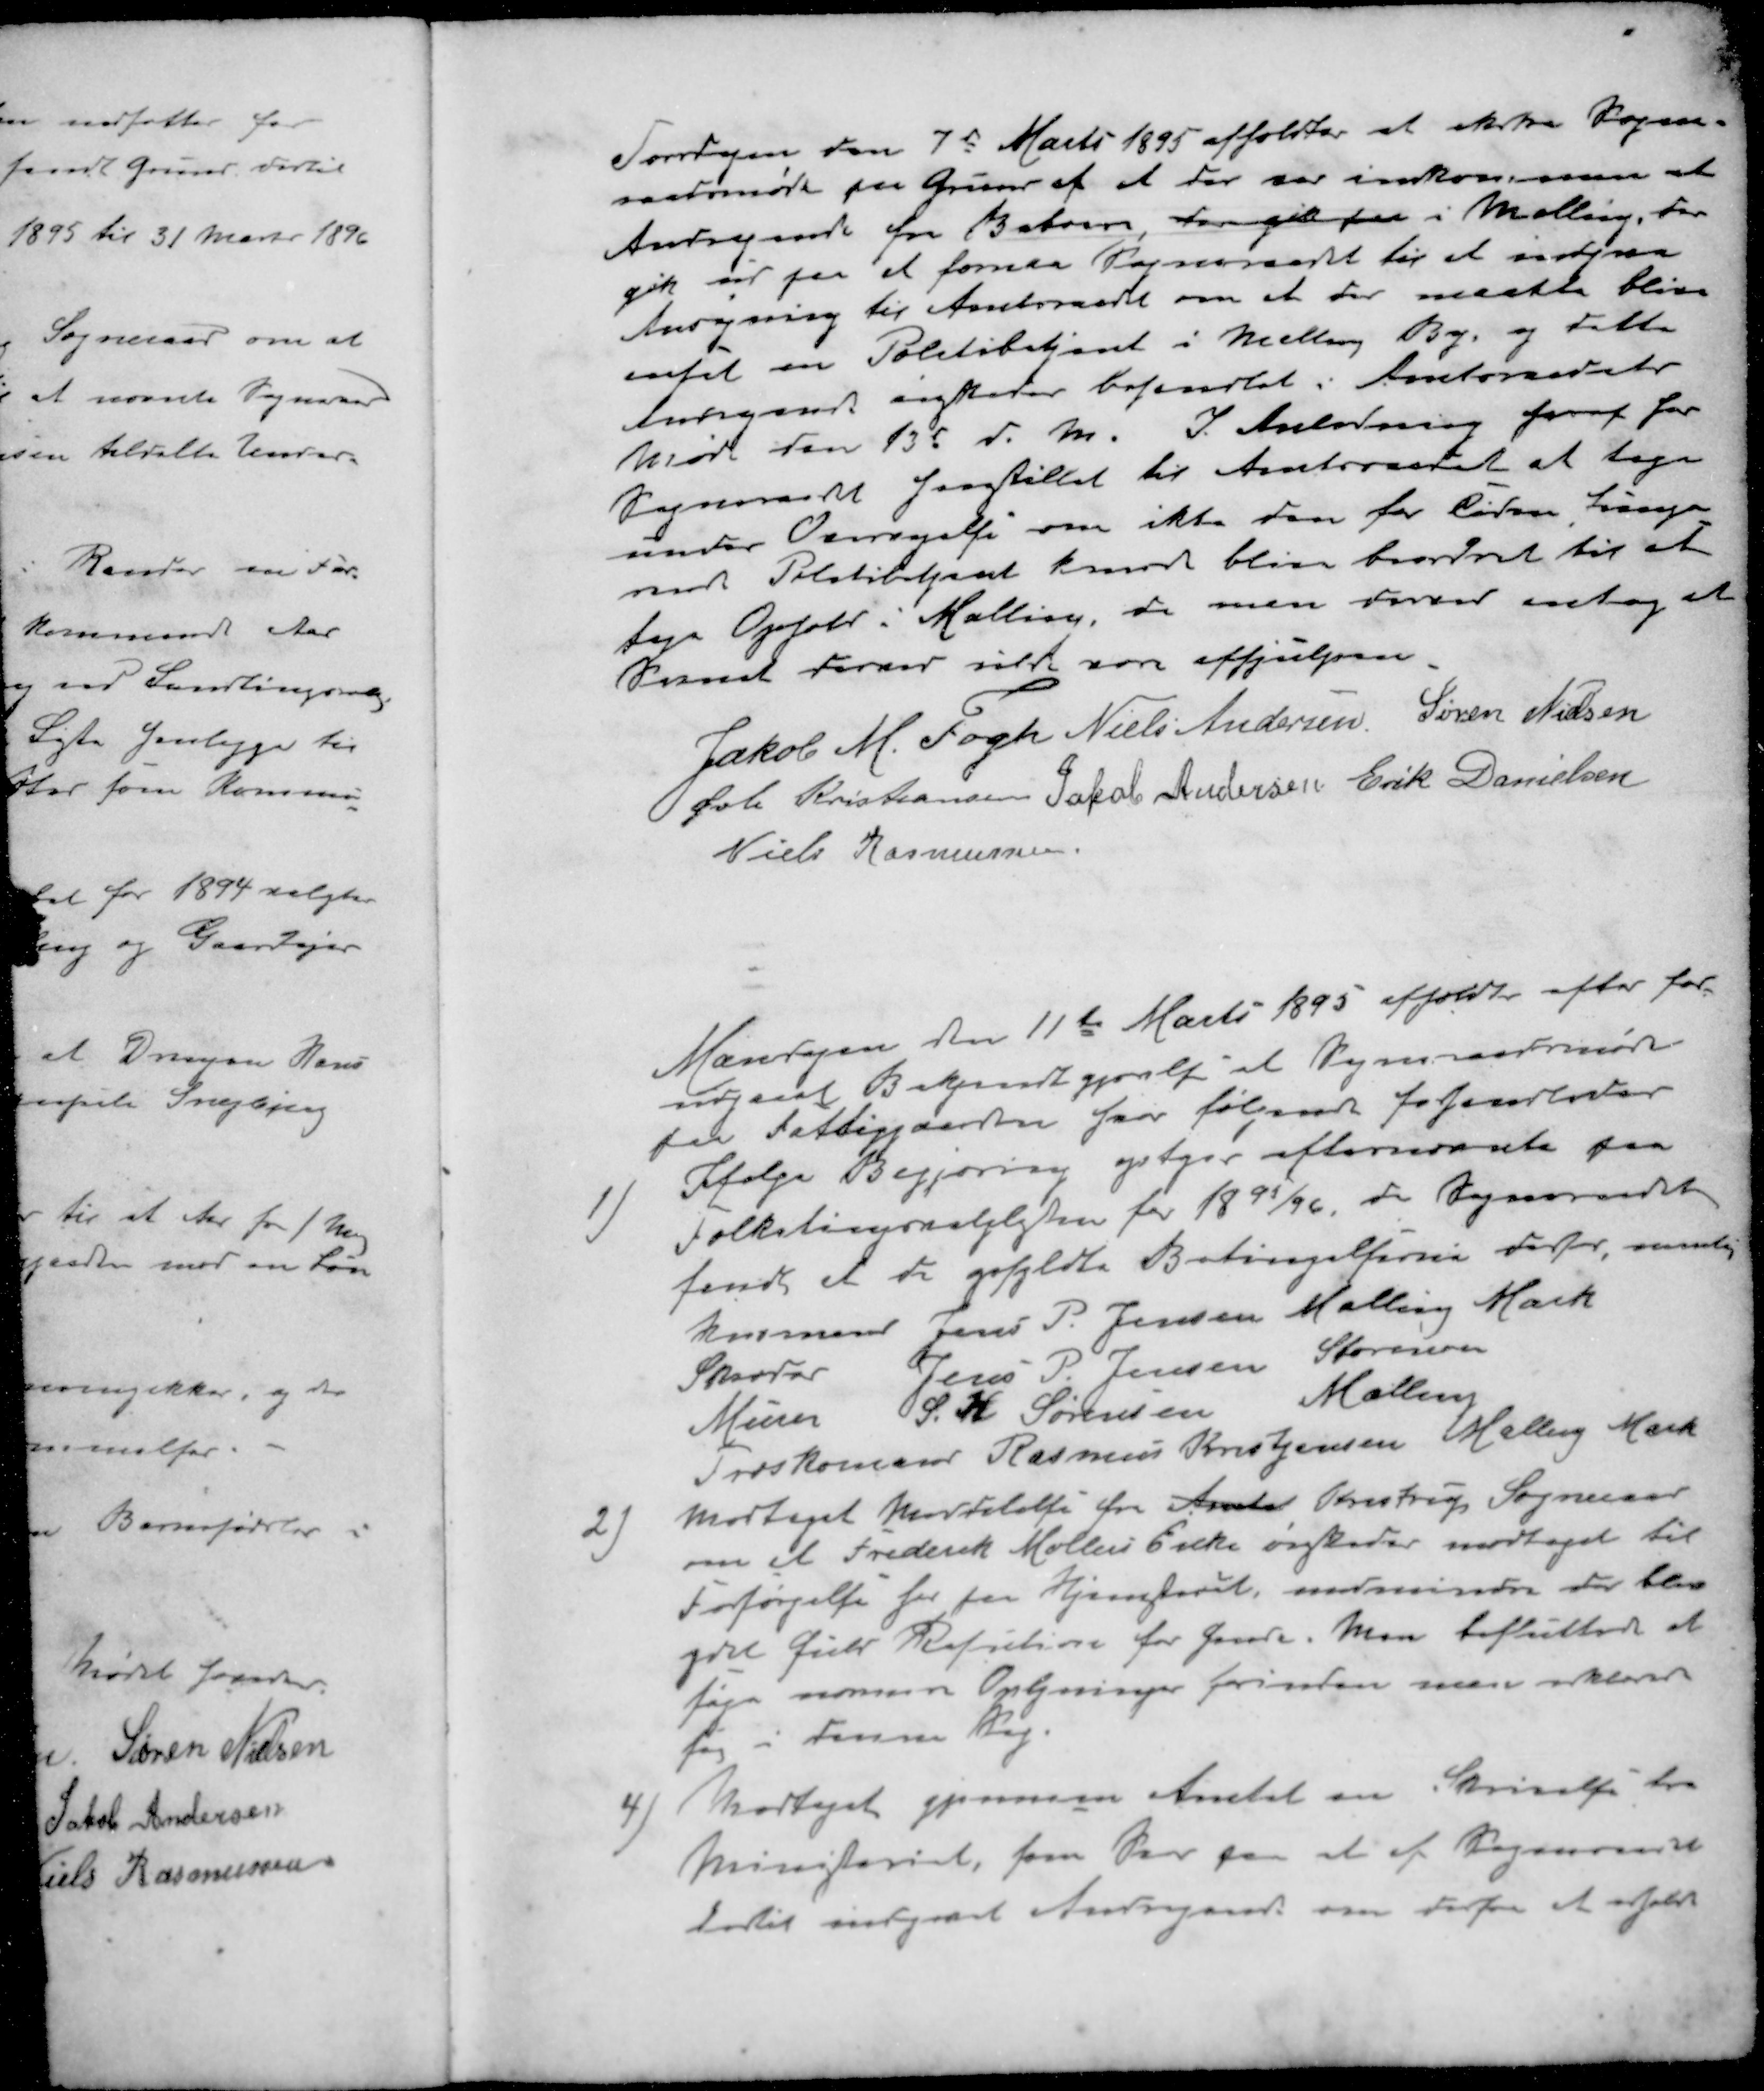
Transskription:
Torsdagen den 7d Marts 1895 afholdtes et ekstra Sogne-
raadsmøde paa Grund af at der var indkommen et
Andragende fra Beboere som gik paa i Malling der
gik ud paa at formaa Sogneraadet til at indgive
Ansøgning til Amtsraadet om at der maatte blive
ansat en Politibetjent i Malling By og dette
Anragende ønskedes behandlet i Amtsraadets
Møde den 13d d. M. I Anledning deraf har
Sogneraadet henstiller til Amtsraadet at tage
under Overvejelse om ikke den for Tiden Funge-
rende Politibetjent kunde blive beordret til at
tage Ophold i Malling, de man derved antog at
Savnet derved vilde være afhjulpen.
Jakob M Fogh
Niels Andersen
Søren Nielsen
Øvli Kristiansen
Jakob Andersen
Erik Danielsen
Niels Rasmussen
Mandagen den 11te Marts 1895 afholdtes efter for-
udgaaet Bekendtgjørelse at Sogneraadsmøde
paa Fattiggaarden hvor følgende forhandledes
1 ) Ifølge Begjæring optages efternævnte paa
Folketingsvalglisten for 1895/96, da Sogneraadet
fandt at de opfyldte Betingelserne derfor, nemlig
husmand Jens P. Jensen Malling Mark
Skræder Jens P. Jensen Storenor
Murer S. H. Sørensen Malling
Træskomand Rasmus Kristensen Malling Mark
2 ) Modtaget Meddelelse fra Amtet Kristrup Sogneraad 
om at Frederik Møllers Enke ønskedes modtaget til
Forsørgelse for paa Hjemstedet, medmindre der blev
ydet fuld Refution for hende. Man besluttede at
søge nærmere Oplysninger forinden man erklærer
sig i denne Sag.
4 ) Modtaget gjennem Amtet en Skrivelse fra
Ministeriet, som Svar paa at af Sogneraadet
dertil indgaaet Andragende om derfra at afholde